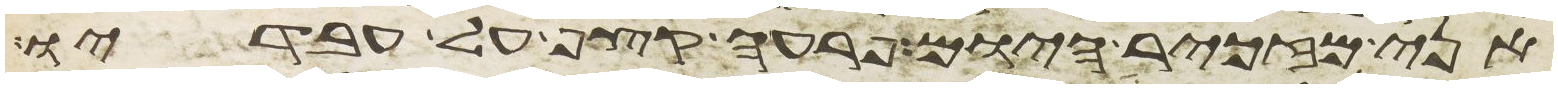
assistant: אני מזכיר היום פרעה קצף על עבדיו